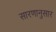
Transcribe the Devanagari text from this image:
सारणानुसार